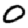
Digit: 0